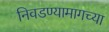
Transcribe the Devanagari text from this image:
निवडण्यामागच्या